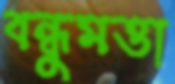
বন্ধুমত্তা